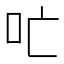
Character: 𫩔